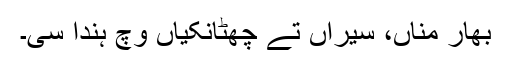
بھار مناں، سیراں تے چھٹانکیاں وچ ہُندا سی۔